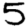
Digit: 5